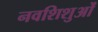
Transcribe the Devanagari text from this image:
नवशिशुओं